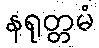
နရုတ္တမံ